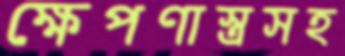
ক্ষেপণাস্ত্রসহ